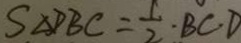
S _ { \Delta } P B C = \frac { 1 } { 2 } \cdot B C D